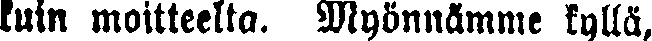
kuin moitteelta. Myönnämme kyllä,